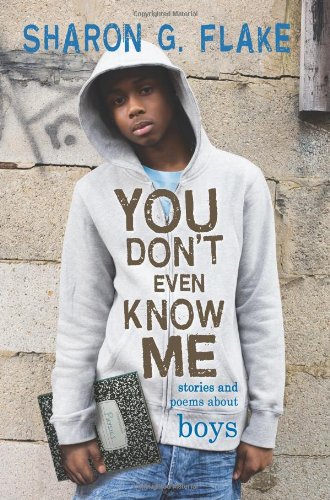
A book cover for You Don't Even Know Me: Stories and Poems About Boys; Sharon Flake; Teen & Young Adult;